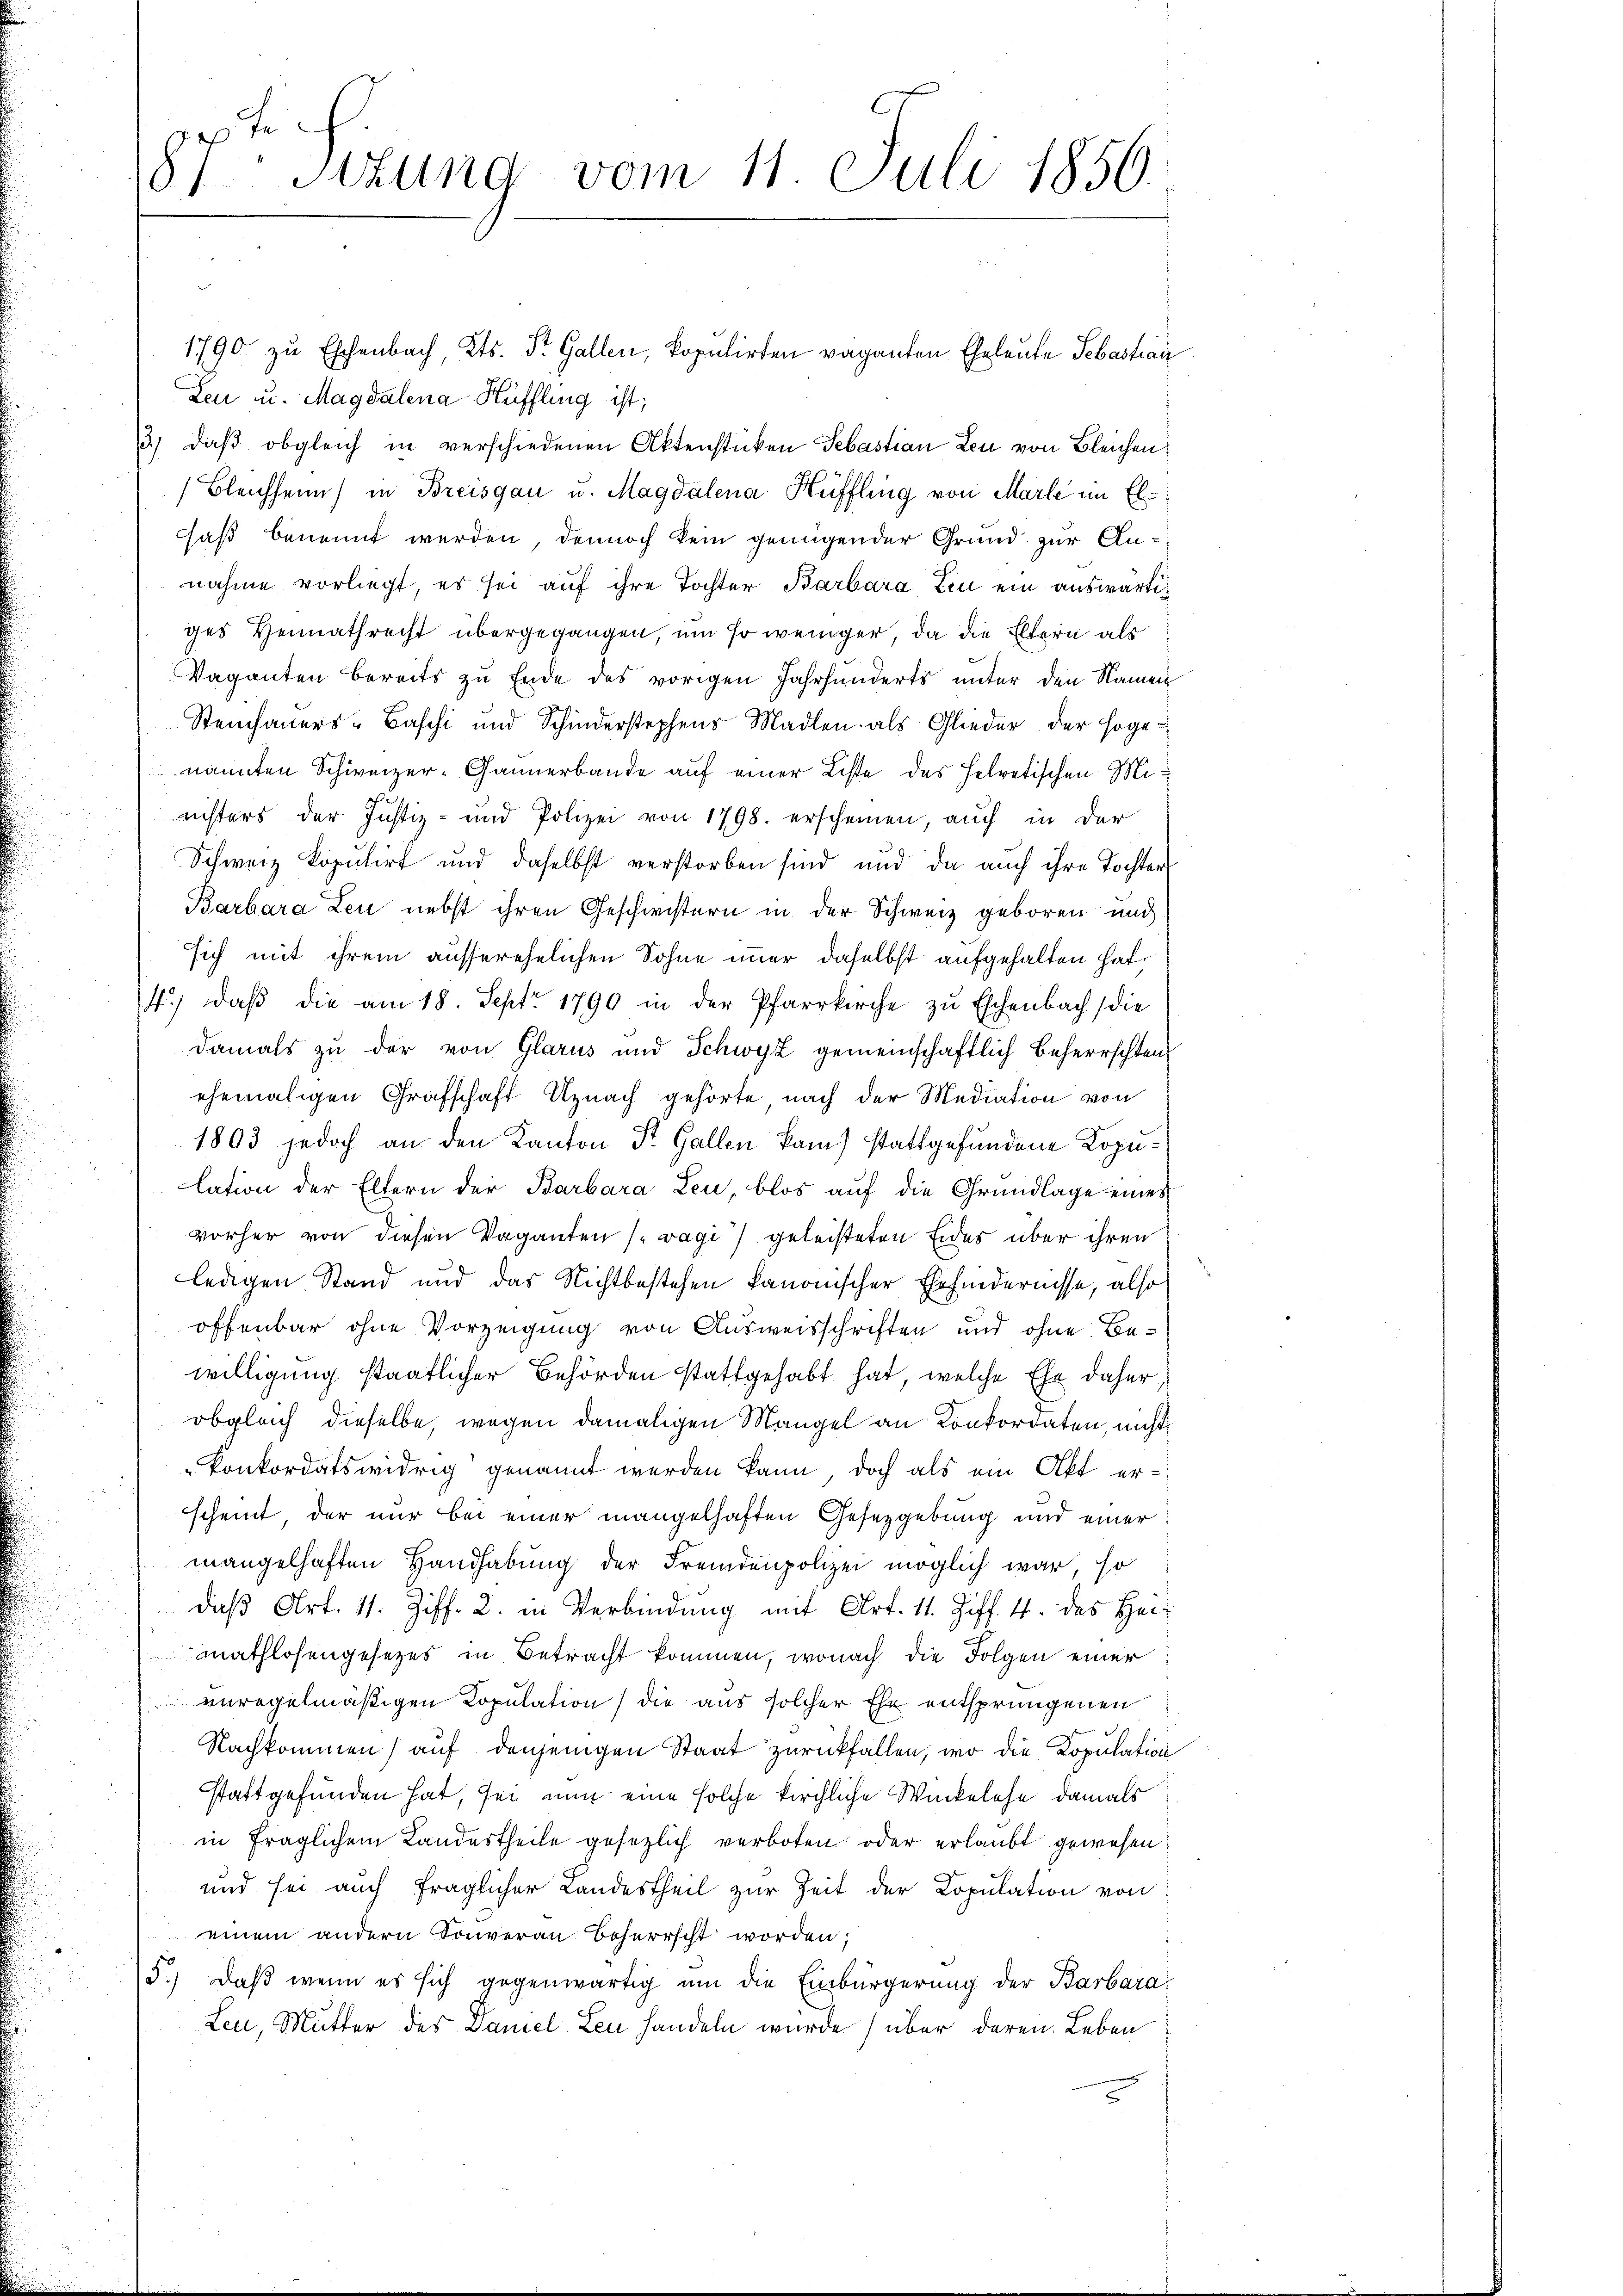
87 sizung vom 11. Juli 1856.

1790 zu Eschenbach, Kts. St. Gallen, kopulirten vaganten Eheleute Sebastian
Leu u. Magdalena Hüffling ist;
3) daß obgleich in verschiedenen Aktenstücken Sebastian Leu von Bleichen
Bleichheim) in Breisgau u. Magdalena Hüffling von Marle im El¬
Faß benannt werden, dennoch kein genügender Grund zur Annahme vorliegt, es sei auf ihre Tochter Barbara Ein ein auswärtiges Heimathrecht übergegangen, um so weniger, da die Eltern als
Vaganten bereits zu Ende des vorigen Jahrhunderts unter den Namen
Steinhauers-Baschi und Schinderstophens Madlen als Glieder der soge-
nannten Schweizer-Gännerbande auf einer Liste des Helvetischen Mirichters der Justiz- und Polizei von 1798. erscheinen, auch in der
Schweiz kopulirt und daselbst verstorben sind und da auch ihre Tochter¬
Barbara Leu nebst ihren Geschwistern in der Schweiz geboren und
sich mit ihrem ausserehelichen Sohne immer daselbst aufgehalten hat.
4.) Daß die am 18. Sept. 1790 in der Pfarrkirche zu Eschenbach die
damals zu der von Glarus und Schwyz gemeinschaftlich Beherrschten
ehemaligen Grafschaft Uznach gehörte nach der Mediation von
1803 jedoch an den Kanton St. Gallen kam stattgefundene Kopulation der Eltern der Barbara Leu, blos aŭf die Grundlage eines
vorher von diesen Vaganten (vagi) geleisteten Eides über ihren
ledigen Stand und das Nichtbestehen kanonischer Ehehindernisse, also
offenbar ohne Vorzeigung von Ausweisschriften und ohne Bewilligung staatlicher Behörden stattgehabt hat, welche Ehe daher,
obgleich dieselbe, wegen damaligen Mangel an Konkordaten, nicht
konkordatswidrig genannt werden kann, doch als ein Akt erscheint der nur bei einer mangelhaften Gesezgebung und einer
mangelhaften Handhabung der Fremdenpolizei möglich war, so
daβ Art. 11. Ziff. 2. in Verbindung mit Art. 11. Ziff. 4 des Herr
mathlosengesetzes in Betracht kommen, wonach die Folgen einer
unregelmäßigen Kopulation) die aus solcher Ehe entsprungenen
Nachkommen) auf denjenigen Staat zurückfallen, wo die Kopulation
stattgefunden hat, sei nun eine solche kirchliche Winkelehe damals
in fraglichem Landestheile gesezlich verboten oder erlaubt gewesen
und sei auch fraglicher Landestheil zur Zeit der Copulation von
einem andern Souveran Beherrscht worden;
5.) Daß wenn es sich gegenwärtig um die Einbürgerung der Barbara
Leu, Mutter des Daniel Leu handeln wurde (über deren Leben